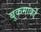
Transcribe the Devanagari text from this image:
बुकमार्कों